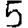
Digit: 5